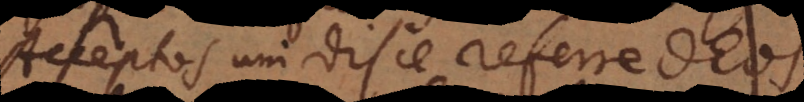
Acceptos uni disce referre Deos.